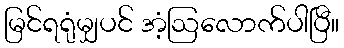
မြင်ရရုံမျှပင် အံ့ဩလောက်ပါပြီ။